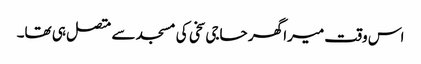
اس وقت میرا گھر حاجی سخی کی مسجد سے متصل ہی تھا۔